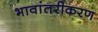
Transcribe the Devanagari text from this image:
भावांतरीकरण